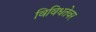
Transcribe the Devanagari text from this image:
विविधतेवर